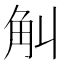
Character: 觓